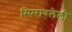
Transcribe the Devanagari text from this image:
स्थिरावलेली